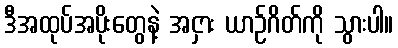
ဒီအထုပ်အပိုးတွေနဲ့ အငှား ယာဉ်ဂိတ်ကို သွားပါ။